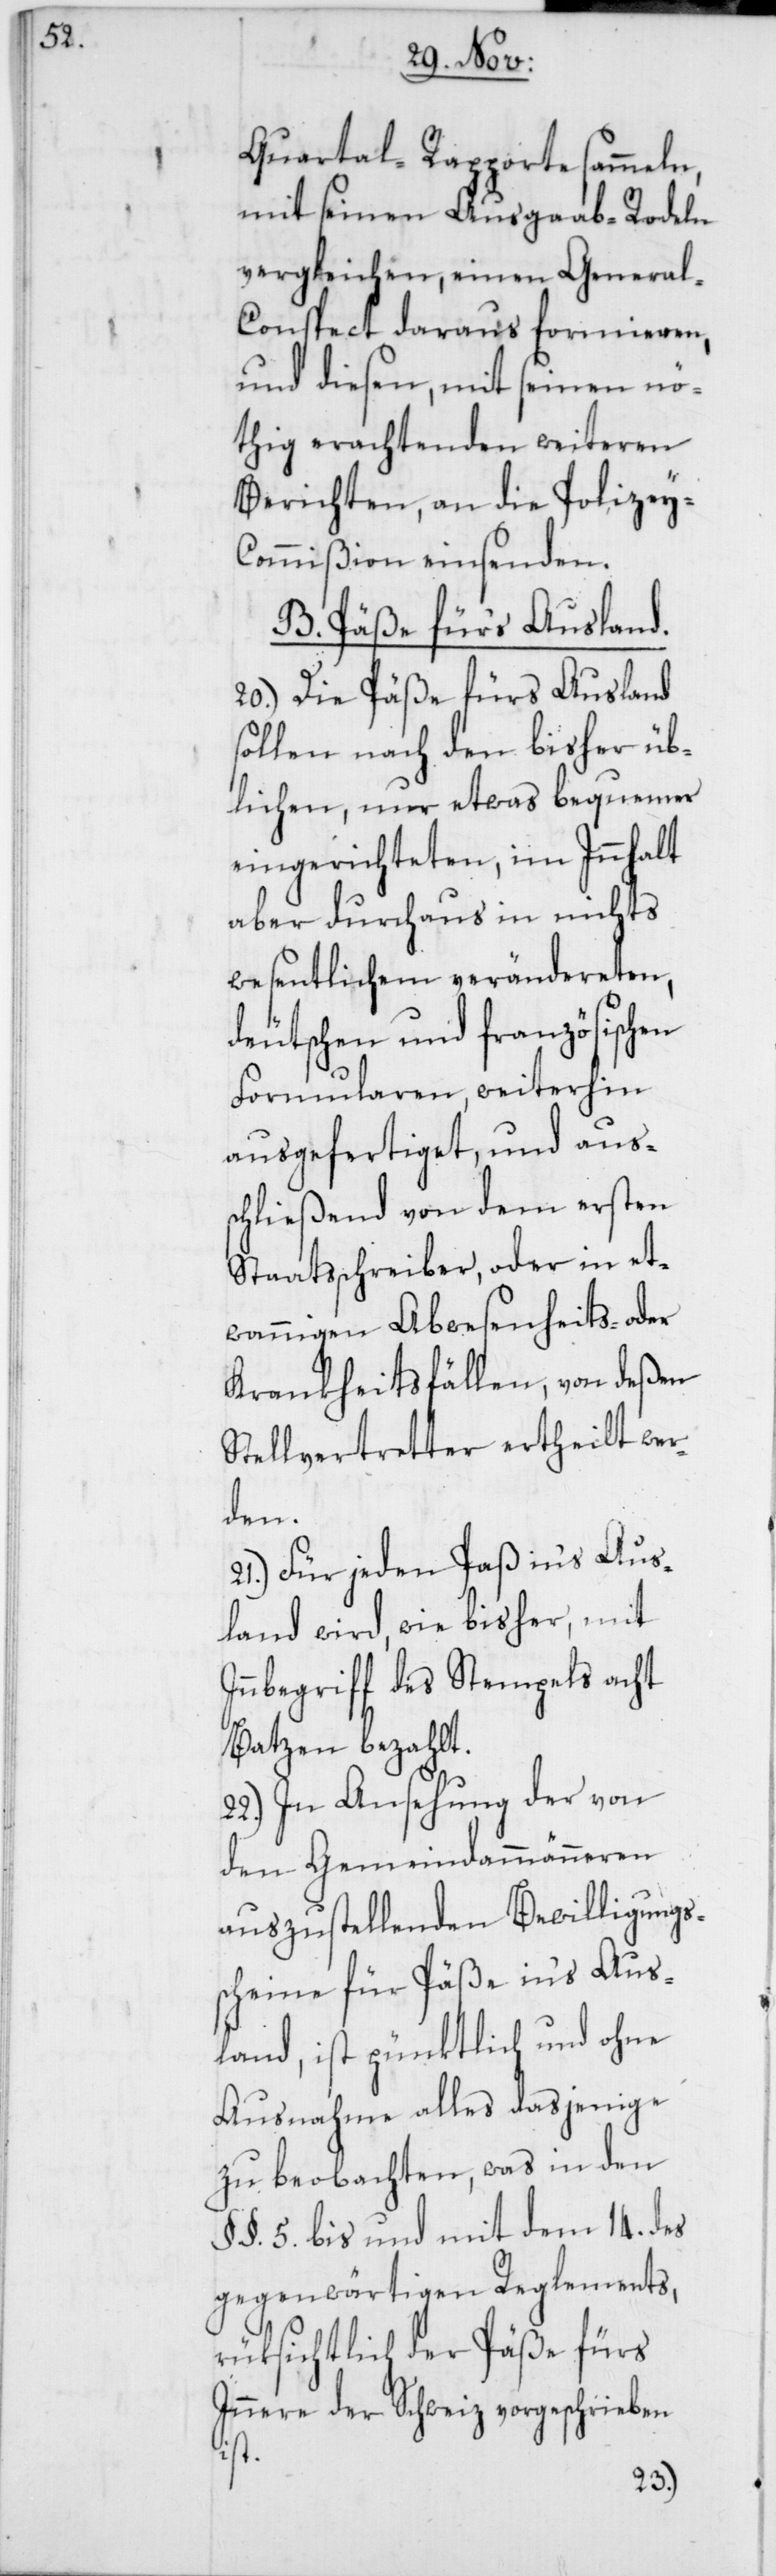
Quartal-Rapporte sammeln,
mit seinen Ausgab-Rodeln
vergleichen, einen General-C¬
onspect daraus formieren,
und diesen mit seinen nö¬
thig erachtenden weiteren
Berichten, an die Polizey-C¬
ommißion einsenden.
B. Päße für’s Ausland.
20.) Die Päße fürs Ausland
sollen nach den bisher üb¬
lichen, nur etwas bequemer
eingerichteten, im Innhalt
aber durchaus in nichts
wesentlichem verändereten,
deutschen und französischen
Formularen weiterhin
ausgefertiget, und aus¬
schließend von dem ersten
Staatsschreiber, oder in et¬
wannigen Abwesenheits- oder
Krankheitsfällen, von deßen
Stellvertretter ertheilt wer¬
den.
21.) Für jeden Paß ins Aus¬
land wird, wie bisher, mit
Innbegriff des Stempels acht
Batzen bezahlt.
22.) In Ansehung der von
den Gemeindammänneren
auszustellenden Bewilligungs¬
scheine für Päße ins Aus¬
land, ist pünktlich und ohne
Ausnahme alles dasjenige
zu beobachten, was in den
§§. 5. bis und mit dem 14. des
gegenwärtigen Reglements,
rüksichtlich der Päße fürs
Innere der Schweiz vorgeschrieben
ist.